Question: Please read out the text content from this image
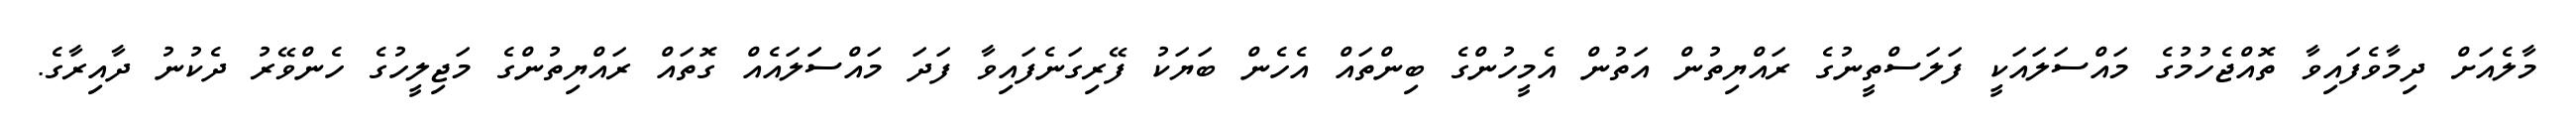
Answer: މާލެއަށް ދިމާވެފައިވާ ތޮއްޖެހުމުގެ މައްސަލައަކީ ފަލަސްތީނުގެ ރައްޔިތުން އަތުން އެމީހުންގެ ބިންތައް އެހެން ބަޔަކު ފޭރިގަނެފައިވާ ފަދަ މައްސަަލައެއް ގޮތައް ރައްޔިތުންގެ މަޖިލީހުގެ ހެންވޭރު ދެކުނު ދާއިރާގެ.